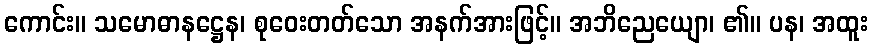
ကောင်း။ သမောဓာနဋ္ဌေန၊ စုဝေးတတ်သော အနက်အားဖြင့်။ အဘိညေယျော၊ ၏။ ပန၊ အထူး